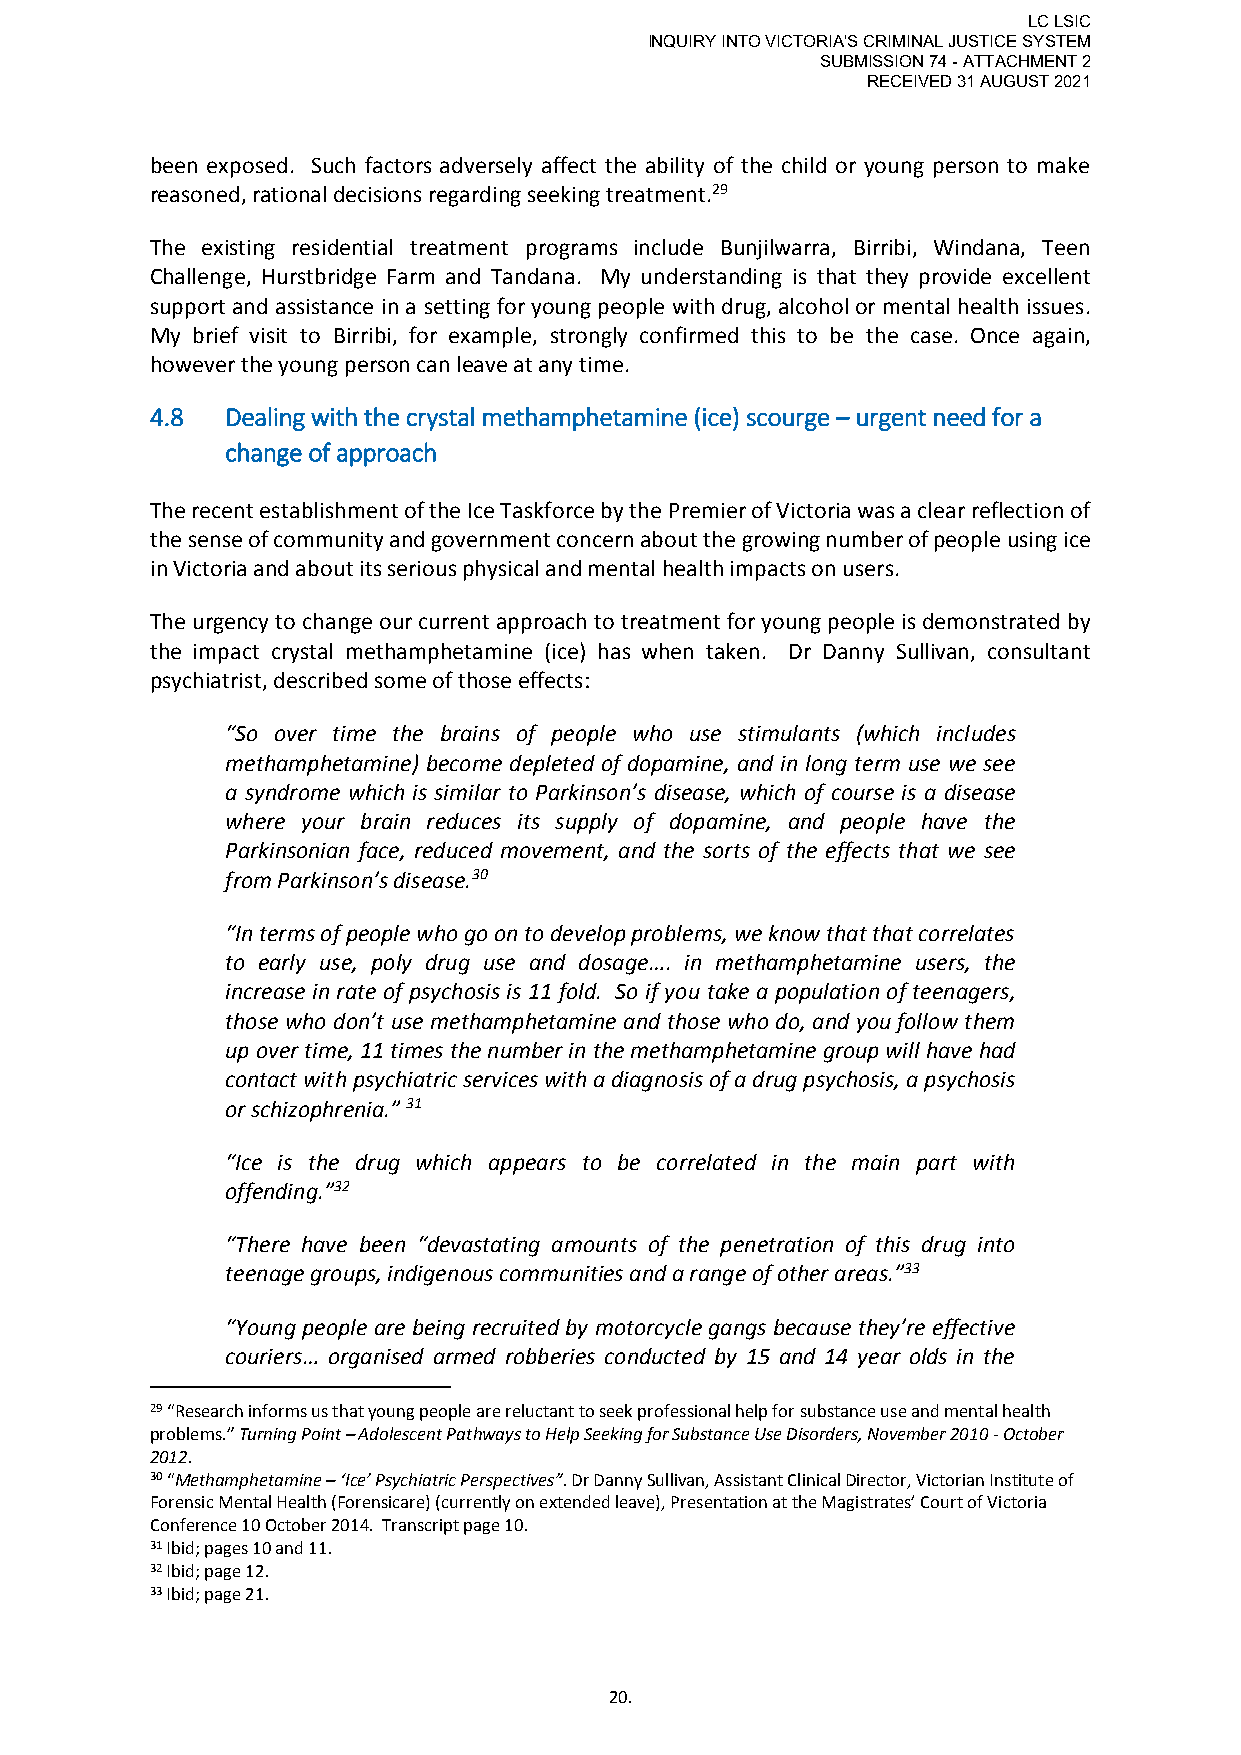
LC LSIC
 INQUIRY INTO VICTORIA'S CRIMINAL JUSTICE SYSTEM
 SUBMISSION 74 - ATTACHMENT 2
 RECEIVED 31 AUGUST 2021
 been exposed. Such factors adversely affect the ability of the child or young person to make
 reasoned, rational decisions regarding seeking treatment.29
 The existing residential treatment programs include Bunjilwarra, Birribi, Windana, Teen
 Challenge, Hurstbridge Farm and Tandana. My understanding is that they provide excellent
 support and assistance in a setting for young people with drug, alcohol or mental health issues.
 My brief visit to Birribi, for example, strongly confirmed this to be the case. Once again,
 however the young person can leave at any time.
 4.8  Dealing with the crystal methamphetamine (ice) scourge – urgent need for a
 change of approach
 The recent establishment of the Ice Taskforce by the Premier of Victoria was a clear reflection of
 the sense of community and government concern about the growing number of people using ice
 in Victoria and about its serious physical and mental health impacts on users.
 The urgency to change our current approach to treatment for young people is demonstrated by
 the impact crystal methamphetamine (ice) has when taken. Dr Danny Sullivan, consultant
 psychiatrist, described some of those effects:
 “So over time the brains of people who use stimulants (which includes
 methamphetamine) become depleted of dopamine, and in long term use we see
 a syndrome which is similar to Parkinson’s disease, which of course is a disease
 where your brain reduces its supply of dopamine, and people have the
 Parkinsonian face, reduced movement, and the sorts of the effects that we see
 from Parkinson’s disease.30
 “In terms of people who go on to develop problems, we know that that correlates
 to early use, poly drug use and dosage…. in methamphetamine users, the
 increase in rate of psychosis is 11 fold. So if you take a population of teenagers,
 those who don’t use methamphetamine and those who do, and you follow them
 up over time, 11 times the number in the methamphetamine group will have had
 contact with psychiatric services with a diagnosis of a drug psychosis, a psychosis
 or schizophrenia.” 31
 “Ice is the drug which appears to be correlated in the main part with
 offending.”32
 “There have been “devastating amounts of the penetration of this drug into
 teenage groups, indigenous communities and a range of other areas.”33
 “Young people are being recruited by motorcycle gangs because they’re effective
 couriers… organised armed robberies conducted by 15 and 14 year olds in the
 29 “Research informs us that young people are reluctant to seek professional help for substance use and mental health
 problems.” Turning Point – Adolescent Pathways to Help Seeking for Substance Use Disorders, November 2010 - October
 2012.
 30 “Methamphetamine – ‘Ice’ Psychiatric Perspectives”. Dr Danny Sullivan, Assistant Clinical Director, Victorian Institute of
 Forensic Mental Health (Forensicare) (currently on extended leave), Presentation at the Magistrates’ Court of Victoria
 Conference 10 October 2014. Transcript page 10.
 31 Ibid; pages 10 and 11.
 32 Ibid; page 12.
 33 Ibid; page 21.
 20.